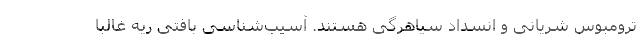
ترومبوس شریانی و انسداد سیاهرگی هستند. آسیب‌شناسی بافتی ریه غالباً